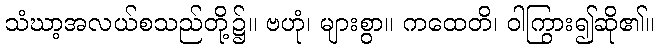
သံဃာ့အလယ်စသည်တို့၌။ ဗဟုံ၊ များစွာ။ ကထေတိ၊ ဝါကြွား၍ဆို၏။